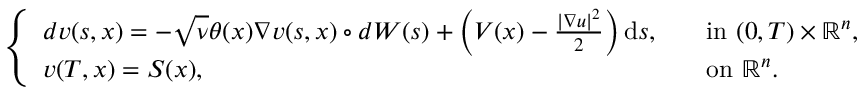
\begin{array} { r } { \left\{ \begin{array} { l l } { d v ( s , x ) = - \sqrt { \nu } \theta ( x ) \nabla v ( s , x ) \circ d W ( s ) + \left( V ( x ) - \frac { | \nabla u | ^ { 2 } } { 2 } \right) \mathrm { d } s , \quad } & { \mathrm { i n ~ } ( 0 , T ) \times \mathbb { R } ^ { n } , } \\ { v ( T , x ) = S ( x ) , } & { \mathrm { o n ~ } \mathbb { R } ^ { n } . } \end{array} \right. } \end{array}